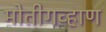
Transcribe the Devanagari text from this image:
मोतीगव्हाण